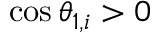
\cos \theta _ { 1 , i } > 0